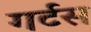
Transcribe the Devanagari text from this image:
गर्टस